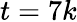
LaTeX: t=7k